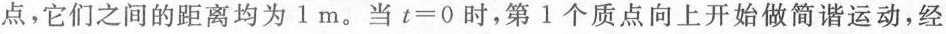
点，它们之间的距离均为1m。当$$t = 0$$时，第1个质点向上开始做简谐运动，经